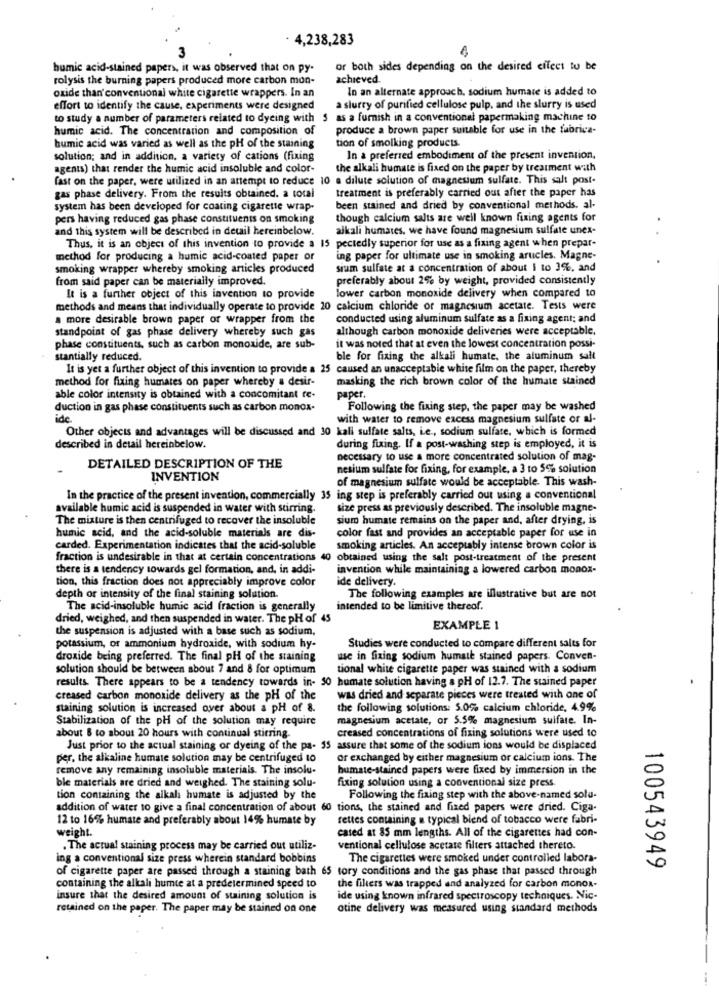
· 4,238,283
humic acid-stained papers, it was observed that on py-
or both sides depending on the desired citect to be
rolysis the burning papers produced more carbon mon-
achieved.
oxide than'conventional white cigarette wrappers. In an
In an alternate approach, sodium humate is added to
effort to identify the cause, experiments were designed
a slurry of purified cellulose pulp, and the slurry is used
to study a number of parameters related to dyeing with $ as a furnish in a conventional papermaking machine 10
humic acid. The concentration and composition of
produce a brown paper suitable for use in the fabrica-
humic acid was varied as well as the pH of the staining
tion of smolking products.
solution; and in addition. a variety of cations (fixing
In a preferred embodiment of the present invention,
agents) that render the humic acid insoluble and color-
the alkali humate is fixed on the paper by treatment with
fast on the paper, were utilized in an attempt to reduce 10 a dilute solution of magnesium sulfate. This salt post-
treatment is preferably carried out after the paper has
gas phase delivery. From the results obtained. a total
system has been developed for coating cigarette wrap-
been stained and dried by conventional methods. al-
pers having reduced gas phase constituents on smoking
though calcium salts are well known fixing agents for
and this system will be described in deuil hereinbelow.
alkali humates. we have found magnesium sulfate unex-
Thus, it is an object of this invention to provide a 15 pectedly superior for use as a fixing agent when prepar-
method for producing a humic acid-coated paper or
ing paper for ultimate use in smoking arucles. Magne-
smoking wrapper whereby smoking articles produced
sium sulfate at a concentration of about I to 3%, and
from said paper can be materially improved.
preferably about 2% by weight, provided consistently
It is a further object of this invention to provide
lower carbon monoxide delivery when compared to
methods and means that individually operate to provide 20 calcium chloride or magnesium acetate. Tests were
a more desirable brown paper or wrapper from the
conducted using aluminum sulfate as a fixing agent; and
standpoint of gas phase delivery whereby such gas
although carbon monoxide deliveries were acceptable,
phase constituents, such as carbon monoxide, are sub-
it was noted that at even the lowest concentration possi-
stantially reduced.
ble for fixing the alkali humate, the aluminum salt
It is yet a further object of this invention to provide a 25 caused an unacceptable white film on the paper, thereby
method for fixing humates on paper whereby a desir-
masking the rich brown color of the humate stained
paper.
able color intensity is obtained with a concomitant te-
duction in gas phase constituents such as carbon monox-
Following the fixing step, the paper may be washed
ide
with water to remove excess magnesium sulfate or al-
Other objects and advantages will be discussed and 30 kall sulfate salts, i.e ., sodium sulfate, which is formed
described in detail hereinbelow.
during fixing. If a post-washing step is employed, it is
necessary to use a more concentrated solution of mag-
DETAILED DESCRIPTION OF THE
nesium sulfate for fixing, for example, a 3 to 5% solution
INVENTION
of magnesium sulfate would be acceptable. This wash-
In the practice of the present invention, commercially 35 ing step is preferably carried out using a conventional
available humic acid is suspended in water with stirring.
size press as previously described. The insoluble magne-
The mixture is then centrifuged to recover the insoluble
sium humate remains on the paper and, after drying, is
humic acid, and the acid-soluble materials are dis-
color fast and provides an acceptable paper for use in
carded. Experimentation indicates that the acid-soluble
smoking articles. An acceptably intense brown color is
fraction is undesirable in that at certain concentrations 40
obtained using the salt post-treatment of the present
there is a tendency towards gel formation, and, in addi-
invention while maintaining a lowered carbon monos-
tion, this fraction does not appreciably improve color
ide delivery.
depth or intensity of the final staining solution.
The following examples are illustrative but are not
The acid-insoluble humic acid fraction is generally
intended to be limitive thereof.
dried, weighed, and then suspended in water. The pH of 45
the suspension is adjusted with a base such as sodium,
EXAMPLE 1
potassium, or ammonium hydroxide, with sodium hy-
Studies were conducted to compare different salts for
droxide being preferred. The final pH of the staining
use in fixing sodium humate stained papers. Conven-
solution should be between about 7 and 8 for optimum
tional white cigarette paper was stained with a sodium
results. There appears to be a tendency towards in- 30 humate solution having a pH of 12.7. The stained paper
creased carbon monoxide delivery as the pH of the
was dried and separate pieces were treated with one of
staining solution is increased over about a pH of 8.
the following solutions: 5.0% calcium chloride, 49%
Stabilization of the pH of the solution may require
magnesium acetate, or 5.5% magnesium sulfate. In-
creased concentrations of fixing solutions were used to
about 8 to about 20 hours with continual stirring.
Just prior to the actual staining or dyeing of the pa- 55 assure that some of the sodium ions would be displaced
per, the alkaline humate solution may be centrifuged to
or exchanged by either magnesium or calcium ions. The
remove any remaining insoluble materiais. The insolu-
bumate-stained papers were fixed by immersion in the
ble materials are dried and weighed. The staining solu-
fixing solution using a conventional size press.
tion containing the alkali humate is adjusted by the
Following the fixing step with the above-named solu-
addition of water to give a final concentration of about 60 tions, the stained and fixed papers were dried. Ciga-
12 to 16% humate and preferably about 14% humate by
rettes containing a typical blend of tobacco were fabri-
weight.
cased at 85 mm lengths. All of the cigarettes had con-
.The actual staining process may be carried out utiliz-
ventional cellulose acetate filters attached thereto.
ing a conventional size press wherein standard bobbins
The cigarettes were smoked under controlled labora-
100543949
of cigarette paper are passed through a staining bath 65 tory conditions and the gas phase that passed through
containing the alkali humte at a predetermined speed to
the filters was trapped and analyzed for carbon monox-
insure that the desired amount of staining solution is
ide using known infrared spectroscopy techniques. Nic-
retained on the paper. The paper may be stained on one
otine delivery was measured using standard methods